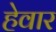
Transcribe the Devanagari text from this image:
हेवार